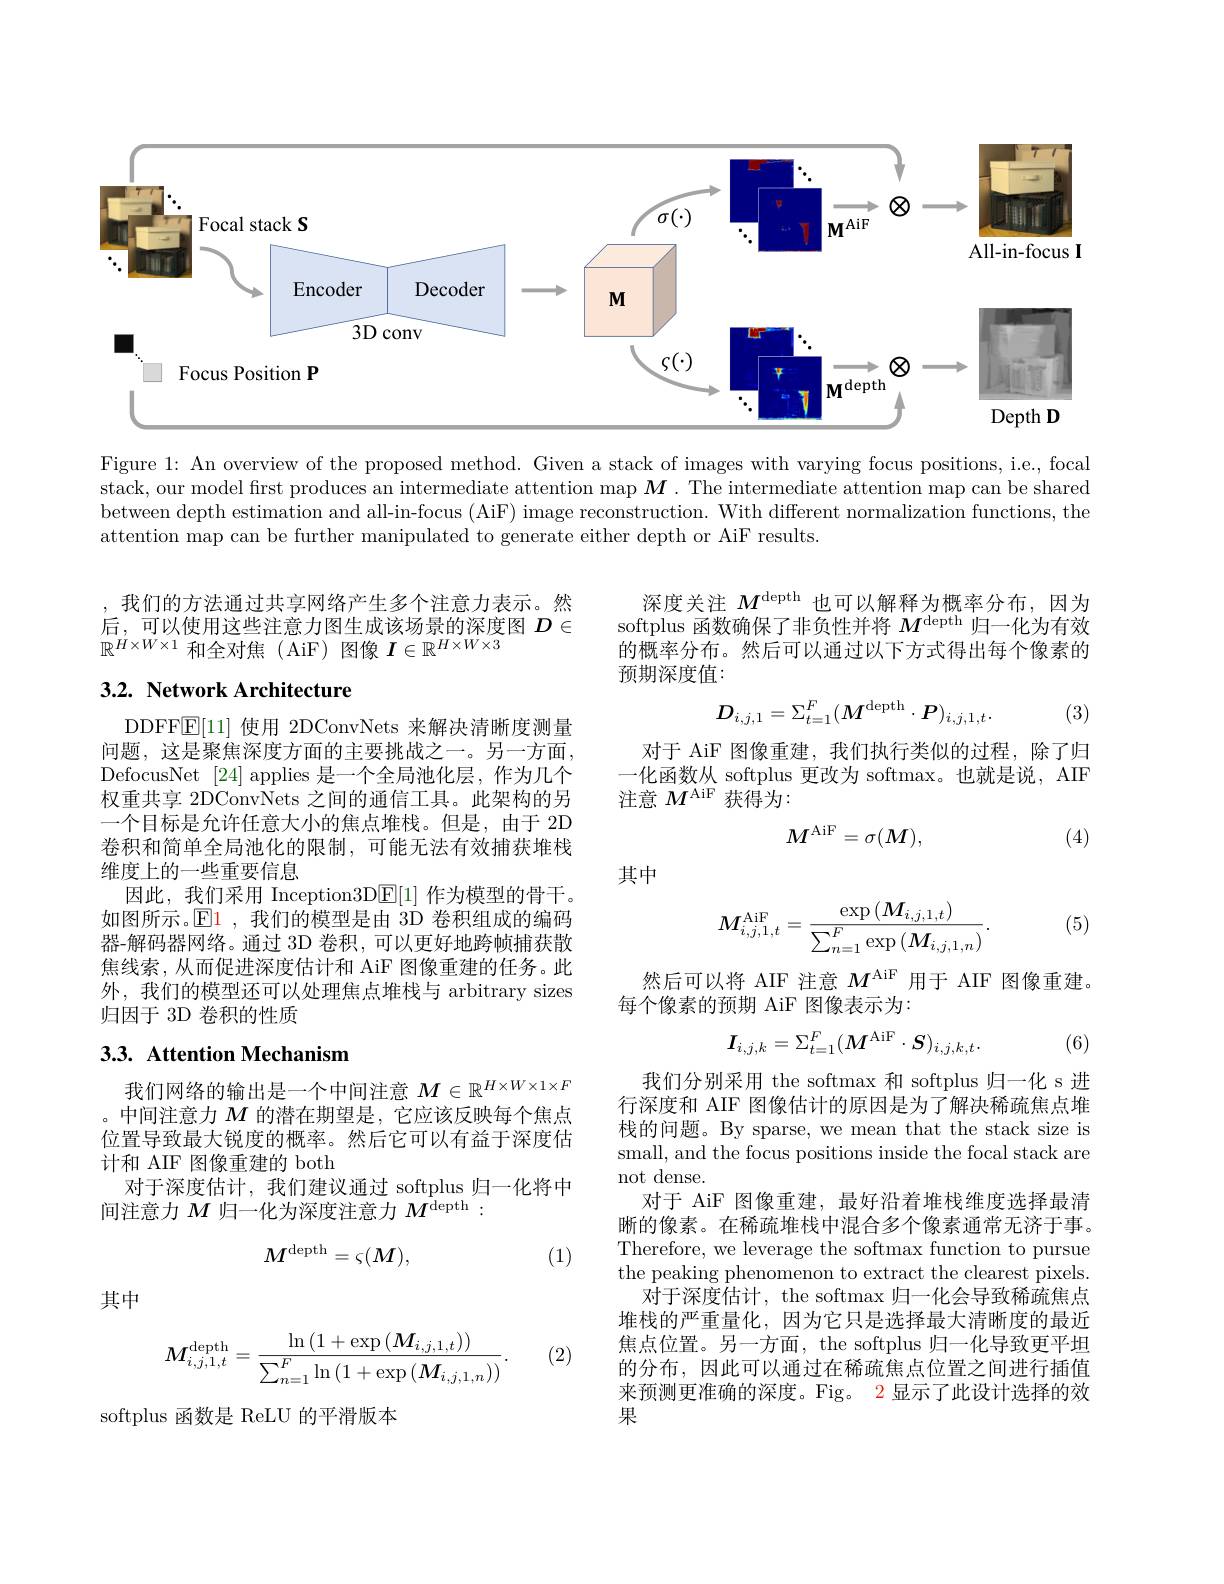
<FigureHere>

Figure 1: An overview of the proposed method. Given a stack of images with varying focus positions, i.e., focal stack, our model frst produces an intermediate attention map $M$ .The intermediate attention map can be shared between depth estimation and all-in-focus (AiF) image reconstruction. With different normalization functions, the attention map can be further manipulated to generate either depth or AiF results.

我们的方法通过共享网络产生多个注意力表示。然后，可以使用这些注意力图生成该场景的深度图$D\in$ $\mathbb{R}^{H\times W\times1}$和全对焦(AiF)图像$I\in\mathbb{R}^H\times W\times3$

深度关注$M^\mathrm{depth}$也可以解释为概率分布，因为softplus 函数确保了非负性并将$M^\mathrm{depth}$归一化为有效的概率分布。然后可以通过以下方式得出每个像素的预期深度值：

## 3.2. Network Architecture
$$D_{i,j,1}=\Sigma_{t=1}^F(M^\mathrm{depth}\cdot P)_{i,j,1,t}.$$
(3)

对于 AiF 图像重建，我们执行类似的过程，除了归一化函数从 softplus 更改为 softmax。也就是说，AIF 注意$M^\mathrm{AiF}$获得为：
$$M^\mathrm{AiF}=\sigma(M),$$
(4)

DDFFE[11] 使用 2DConvNets 来解决清晰度测量问题，这是聚焦深度方面的主要挑战之一。另一方面， DefocusNet [24] applies 是一个全局池化层，作为几个权重共享 2DConvNets 之间的通信工具。此架构的另一个目标是允许任意大小的焦点堆栈。但是，由于 2D 卷积和简单全局池化的限制，可能无法有效捕获堆栈维度上的一些重要信息
因此，我们采用 Inception3D$\underline{\mathrm{E}}[1]$作为模型的骨干。如图所示。$\operatorname{El}$ ,我们的模型是由 3D 卷积组成的编码器-解码器网络。通过 3D 卷积，可以更好地跨帧捕获散焦线索，从而促进深度估计和 AiF 图像重建的任务。此外，我们的模型还可以处理焦点堆栈与 arbitrary sizes 归因于 3D 卷积的性质

其中

(5)
$$M_{i,j,1,t}^{\mathrm{AiF}}=\frac{\exp\left(M_{i,j,1,t}\right)}{\sum_{n=1}^{F}\exp\left(M_{i,j,1,n}\right)}.$$
然后可以将 AIF 注意$M^\mathrm{AiF}$用于 AIF 图像重建。
每个像素的预期 AiF 图像表示为：
$$I_{i,j,k}=\Sigma_{t=1}^{F}(M^{\mathrm{AiF}}\cdot S)_{i,j,k,t}.$$
(6)

## 3.3. Attention Mechanism

我们网络的输出是一个中间注意$M\in\mathbb{R}^{H\times W\times1\times F}$ 。中间注意力$M$的潜在期望是，它应该反映每个焦点位置导致最大锐度的概率。然后它可以有益于深度估计和 AIF 图像重建的 both
对于深度估计，我们建议通过 softplus 归一化将中
间注意力$M$归一化为深度注意力$M^\mathrm{depth}:$

我们分别采用 the softmax 和 softplus 归一化 s 进行深度和 AIF 图像估计的原因是为了解决稀疏焦点堆栈的问题。By sparse, we mean that the stack size is small, and the focus positions inside the focal stack are not dense.
对于 AiF 图像重建，最好沿着堆栈维度选择最清晰的像素。在稀疏堆栈中混合多个像素通常无济于事。Therefore, we leverage the softmax function to pursue the peaking phenomenon to extract the clearest pixels.
对于深度估计，the softmax 归一化会导致稀疏焦点堆栈的严重量化，因为它只是选择最大清晰度的最近焦点位置。另一方面，the softplus 归一化导致更平坦的分布，因此可以通过在稀疏焦点位置之间进行插值来预测更准确的深度。Fig。2 显示了此设计选择的效果
$$M^\mathrm{depth}=\varsigma(M),$$
(1)

其中

(2)
$$M_{i,j,1,t}^{\mathrm{depth}}=\frac{\ln\left(1+\exp\left(\boldsymbol{M}_{i,j,1,t}\right)\right)}{\sum_{n=1}^{F}\ln\left(1+\exp\left(\boldsymbol{M}_{i,j,1,n}\right)\right)}.$$
softplus 函数是 ReLU 的平滑版本